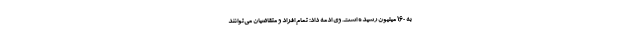
به 160 میلیون رسیده است. وی ادمه داد: تمام افراد و متقاضیان می‌توانند